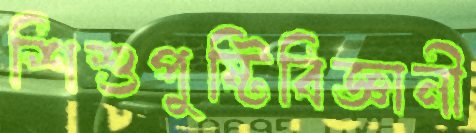
শিশুপুষ্টিবিজ্ঞানী